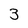
Character: 3